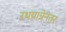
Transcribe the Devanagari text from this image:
रथयात्रेनंतर